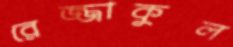
রেজ্জাকুল